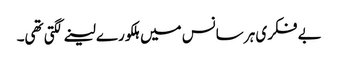
بے فکری ہر سانس میں ہلکورے لینے لگتی تھی۔